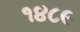
૧૪૮૯